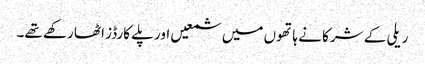
ریلی کے شرکا نے ہاتھوں میں شمعیں اور پلے کارڈز اٹھا رکھے تھے۔